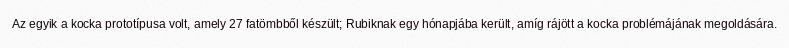
Az egyik a kocka prototípusa volt, amely 27 fatömbből készült; Rubiknak egy hónapjába került, amíg rájött a kocka problémájának megoldására.